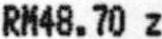
RM48.70 Z